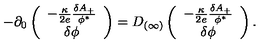
- \partial _ { 0 } \left( \begin{array} { c } { - { \frac { \kappa } { 2 e } } { \frac { \delta A _ { + } } { \phi ^ { * } } } } \\ { \delta \phi } \\ \end{array} \right) = D _ { ( \infty ) } \left( \begin{array} { c } { - { \frac { \kappa } { 2 e } } { \frac { \delta A _ { + } } { \phi ^ { * } } } } \\ { \delta \phi } \\ \end{array} \right) .